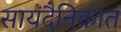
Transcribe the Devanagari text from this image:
सायंदैनिकात